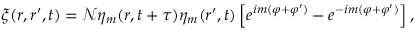
\xi ( \boldsymbol { r } , \boldsymbol { r } ^ { \prime } , t ) = \mathcal { N } \eta _ { m } ( \boldsymbol { r } , t + \tau ) \eta _ { m } ( \boldsymbol { r } ^ { \prime } , t ) \left[ e ^ { i m ( \varphi + \varphi ^ { \prime } ) } - e ^ { - i m ( \varphi + \varphi ^ { \prime } ) } \right] ,